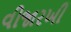
વીજારખી